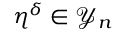
\eta ^ { \delta } \in \mathcal { Y } _ { n }